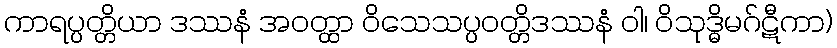
ကာရပ္ပတ္တိယာ ဒဿနံ အဝတ္ထာ ဝိသေသပ္ပဝတ္တိဒဿနံ ဝါ၊ ဝိသုဒ္ဓိမဂ်ဋီကာ)